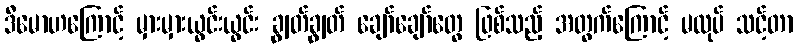
ဒီမောဟကြောင့် မှားမှားယွင်းယွင်း ချွတ်ချွတ် ချော်ချော်တွေ ဖြစ်သည့် အတွက်ကြောင့် မလုပ် သင့်တာ